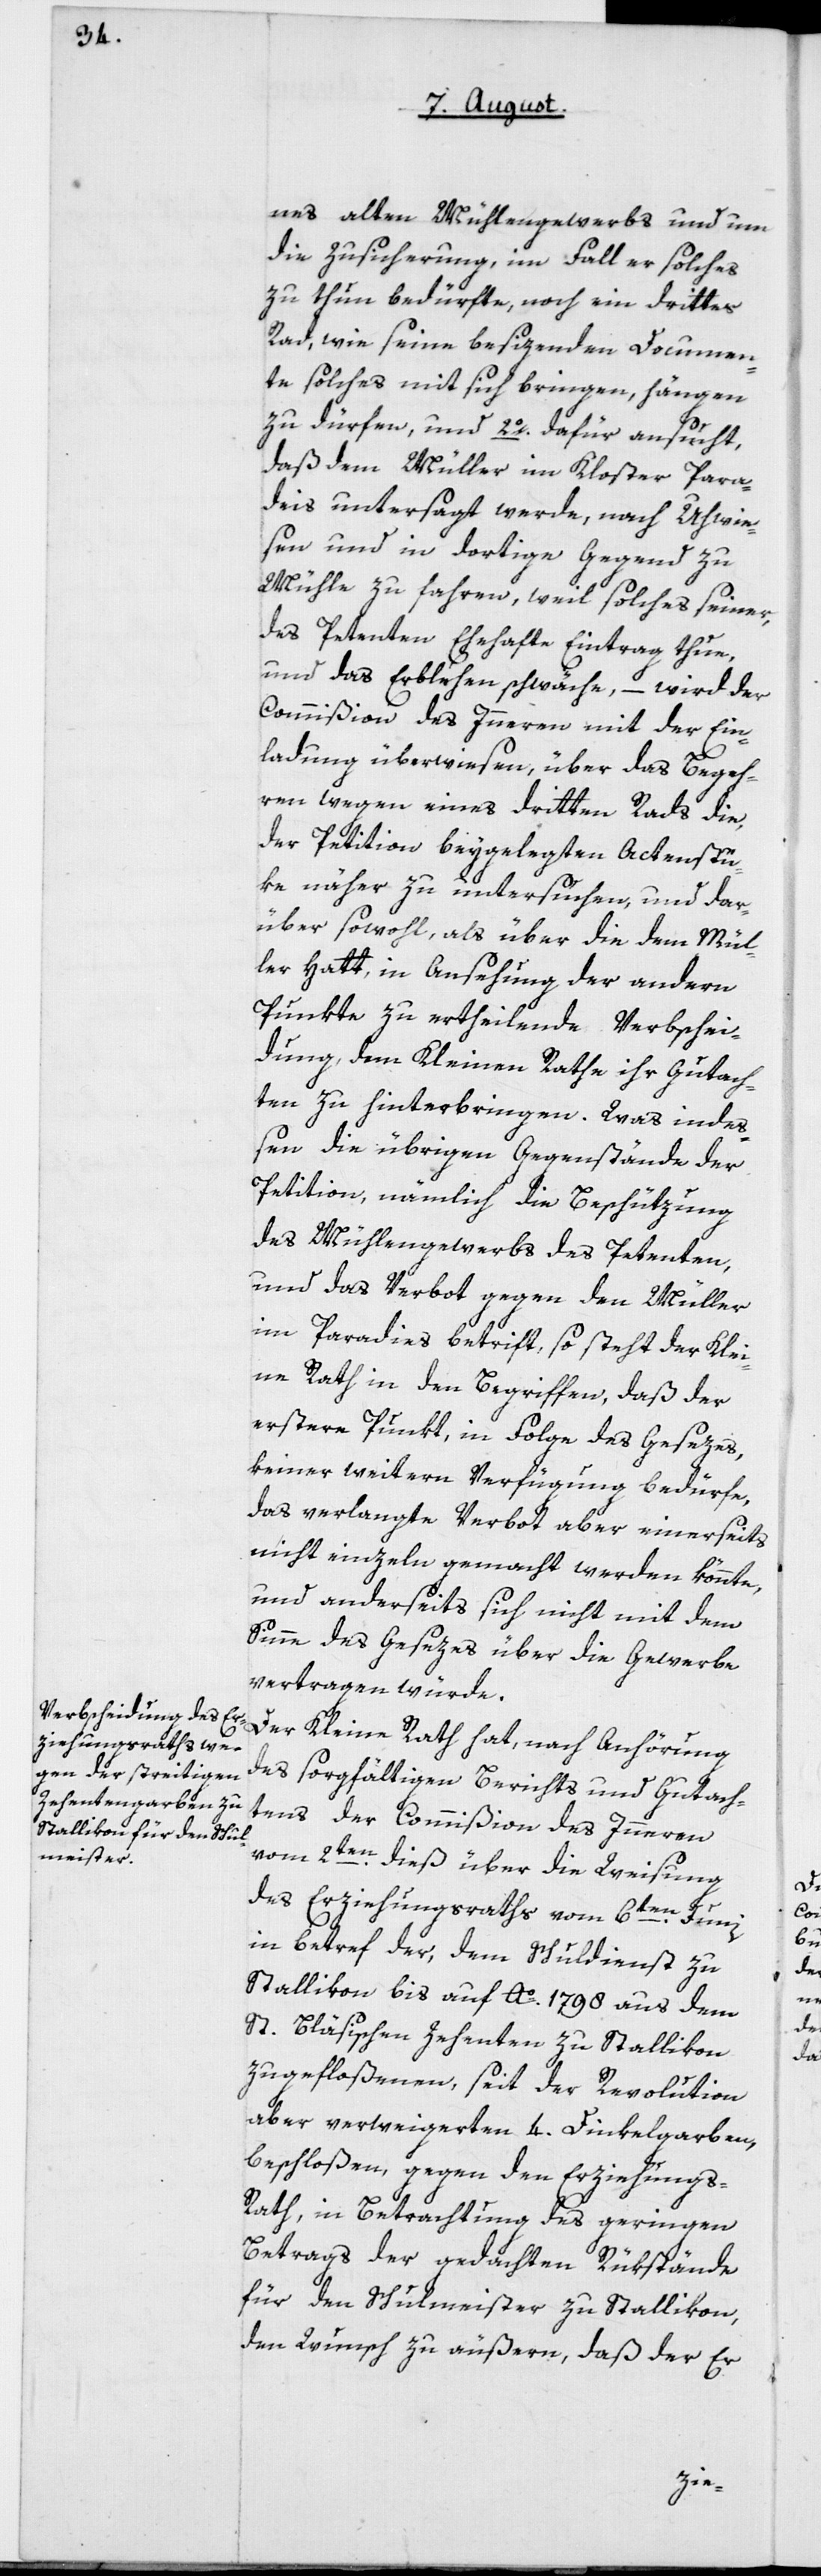
nes alten Mühlengewerbs und um
die Zusicherung, im Fall er solches
zu thun bedürfe, noch ein drittes
Rad, wie seine besizenden Documen¬
te solches mit sich bringen, hängen
zu dürfen, und 2o. dafür ansucht,
daß dem Müller im Kloster Para¬
untersagt werde, nach Uhwie¬
sen und in dortige Gegend zu
Mühle zu fahren, weil solches seiner,
des Petenten Ehehafte Eintrag thue,
und das Ehehafte schwäche, – wird der
Commißion des Innern mit der Ein¬
ladung überwiesen, über das Begeh¬
ren wegen eines dritten Rads die,
der Petition beygelegten Actenstü¬
ke näher zu untersuchen, und dar¬
über sowohl, als über die dem Mül¬
ler Hatt, in Ansehung der andern
Punkte zu ertheilende Verbschei¬
dung dem Kleinen Rathe ihr Gutach¬
ten zu hinterbringen. Was indeß¬
en die übrigen Gegenstände der
Petition, nämmlich die Beschützung
des Mühlengewerbs des Petenten,
und das Verbot gegen den Müller
im Paradies betrift, so steht der Klei¬
ne Rath in den Begriffen, daß der
erstere Punkt in Folge des Gesezes,
keiner weiteren Verfügung bedürfe,
das verlangte Verbot aber einerseits
nicht einzeln gemacht werden könnte,
und anderseits sich nicht mit dem
Sinne des Gesezes über die Gewerbe
vertragen würde.
Der Kleine Rath hat, nach Anhörung
des sorgfältigen Berichts und Gutach¬
tens der Commißion des Innern
vom 2ten dieß über die Weisung
des Erziehungsraths vom 6ten Junii
in Betreff der, dem Schuldienst zu
Stallikon bis auf Ao 1798 aus dem
St. Bläsischen Zehenten zu Stallikon
zugefloßenen, seit der Revolution
aber verweigerten 4 Dinkelgarben,
beschloßen, gegen den Erziehungs¬
rath, in Betrachtung des geringen
Betrags der gedachten Rükstände
für den Schulmeister zu Stallikon,
den Wunsch zu äußern, daß der Er-
deis